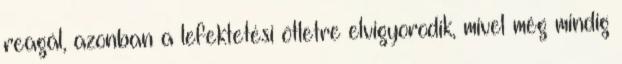
reagál, azonban a lefektetési ötletre elvigyorodik, mivel még mindig